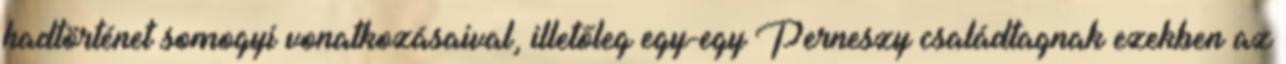
hadtörténet somogyi vonatkozásaival, illetőleg egy-egy Perneszy családtagnak ezekben az